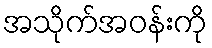
အသိုက်အဝန်းကို